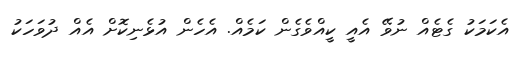
އެކަމަކު ގެޓެއް ނުވޭ އެއީ ކީއްވެގެން ކަމެއް. އެހެން އުޅެނިކޮށް އެއް ދުވަހަކު